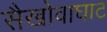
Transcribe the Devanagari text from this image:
सैखोवाघाट